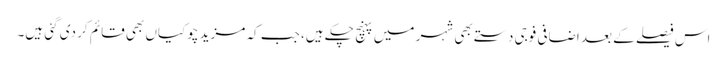
اس فیصلے کے بعد اضافی فوجی دستے بھی شہر میں پہنچ چکے ہیں، جب کہ مزید چوکیاں بھی قائم کر دی گئی ہیں۔